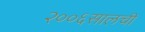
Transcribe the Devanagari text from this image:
२००६सालची